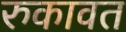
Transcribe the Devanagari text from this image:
रुकावत